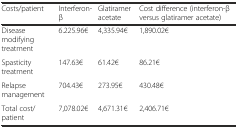
<table><thead><tr><td><b>Costs/patient</b></td><td><b>Interferon-β</b></td><td><b>Glatiramer acetate</b></td><td><b>Cost difference (interferon-β versus glatiramer acetate)</b></td></tr></thead><tbody><tr><td>Disease modifying treatment</td><td>6.225.96€</td><td>4,335.94€</td><td>1,890.02€</td></tr><tr><td>Spasticity treatment</td><td>147.63€</td><td>61.42€</td><td>86.21€</td></tr><tr><td>Relapse management</td><td>704.43€</td><td>273.95€</td><td>430.48€</td></tr><tr><td>Total cost/patient</td><td>7,078.02€</td><td>4,671.31€</td><td>2,406.71€</td></tr></tbody></table>